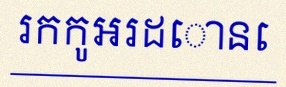
រកកូអរដោនេ